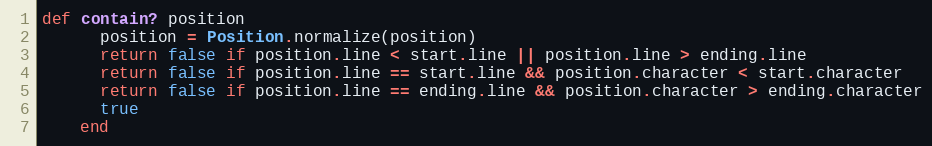
Language: Ruby
def contain? position
      position = Position.normalize(position)
      return false if position.line < start.line || position.line > ending.line
      return false if position.line == start.line && position.character < start.character
      return false if position.line == ending.line && position.character > ending.character
      true
    end